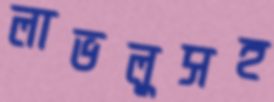
লাভলুসহ